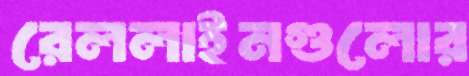
রেললাইনগুলোর